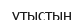
ұтыстың